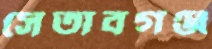
সেতাবগঞ্জ